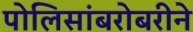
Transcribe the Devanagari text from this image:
पोलिसांबरोबरीने